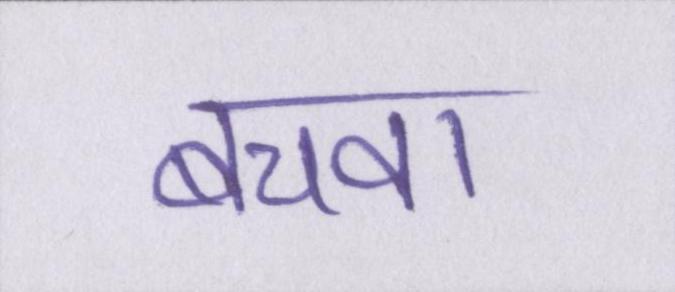
बचवा